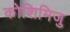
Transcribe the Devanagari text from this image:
कोशिमिजु